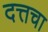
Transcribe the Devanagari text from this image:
दत्तचा